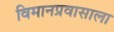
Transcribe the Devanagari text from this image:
विमानप्रवासाला